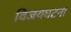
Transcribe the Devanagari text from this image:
विजयघटना